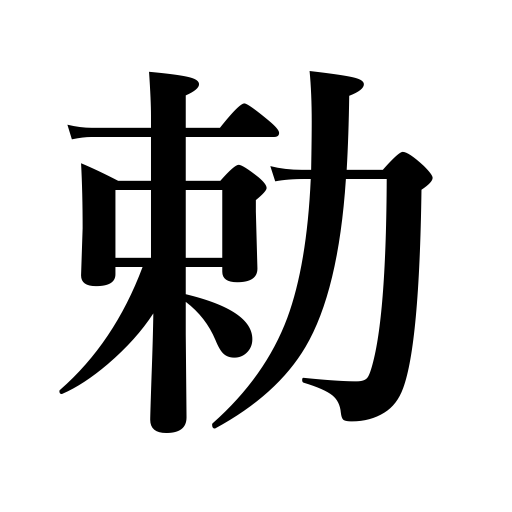
Meanings: imperial decree